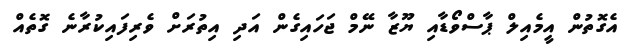
އެގޮތުން އީމެއިލް ޕާސްވޯޑާއި ޔޫޒާ ނޭމް ޖަހައިގެން އަދި އިތުރަށް ވެރިފައިކުރާނެ ގޮތެއް